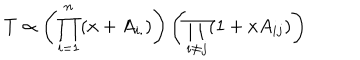
T \propto \left( \prod _ { i = 1 } ^ { n } ( x + A _ { i . } ) \right) \left( \prod _ { i \ne j } ( 1 + x A _ { i j } ) \right)